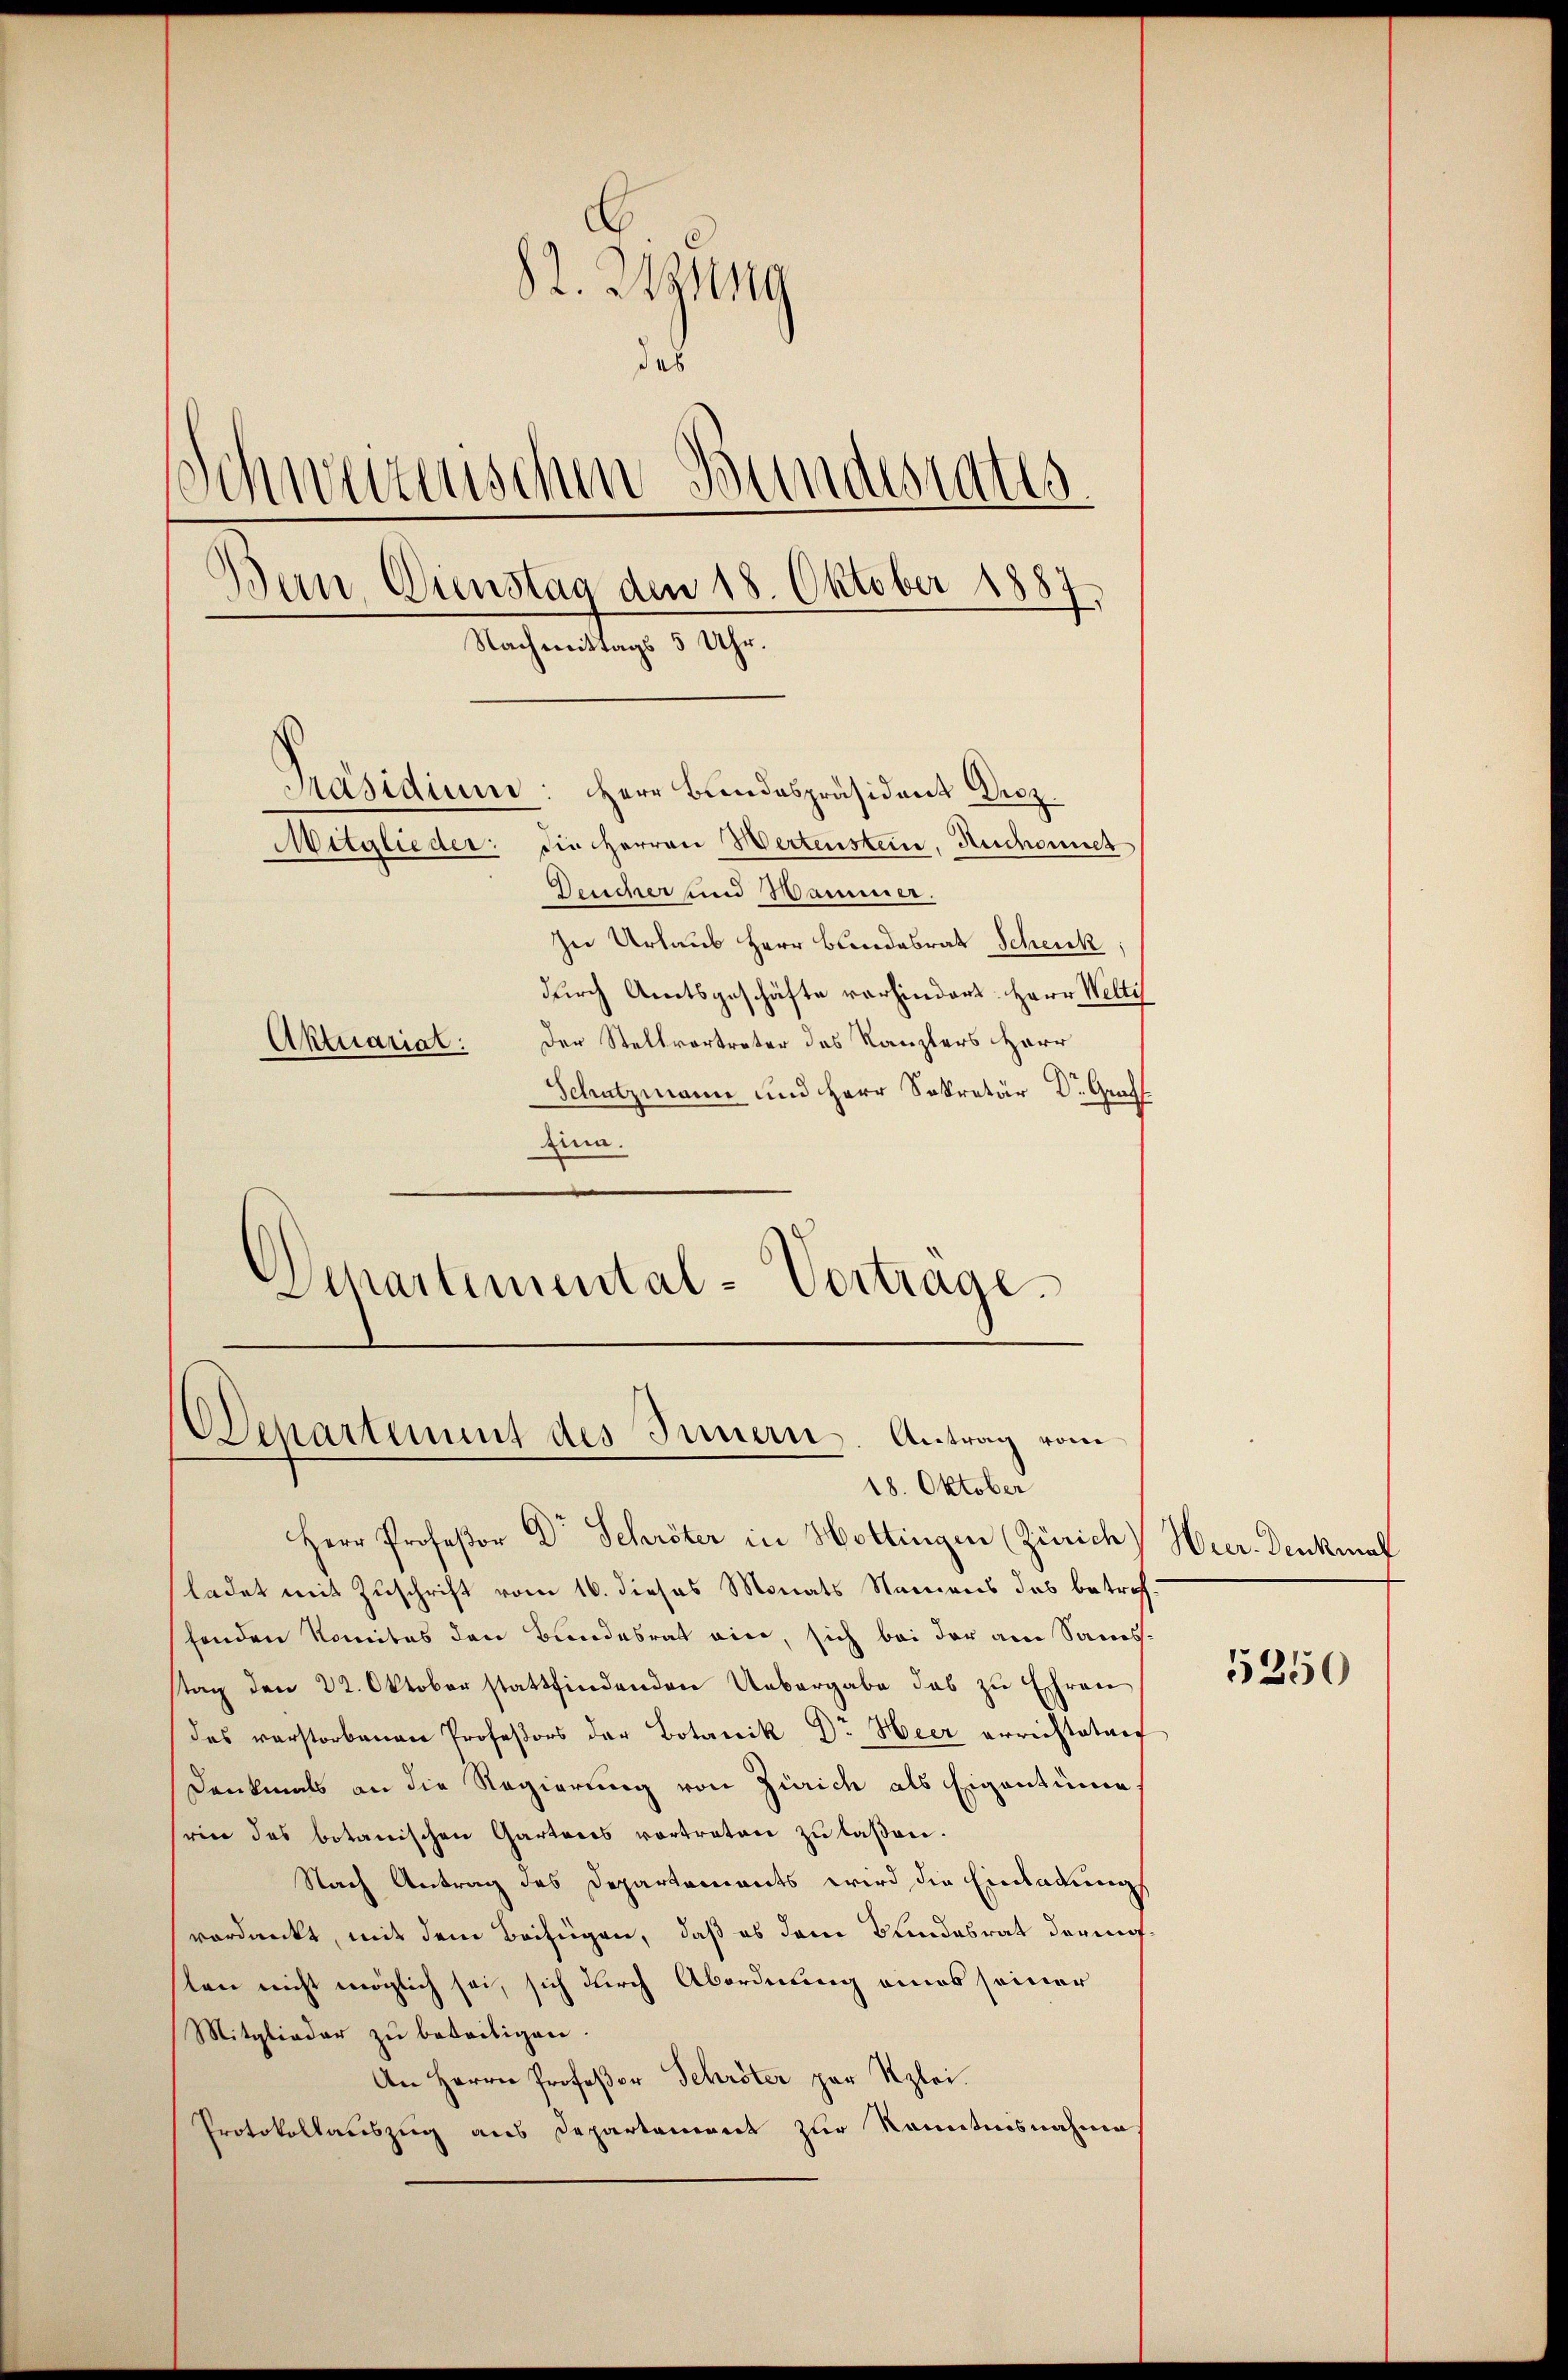
Zina.
Departemental-Vortrage.

82. Jung
des
Schweizenschen Bundesrates.
Dan Dienstag den 18. Oktober 1887.
Nachmittags 3 Uhr.
Präsidium: Herr Bundespräsident Droz.
Mitglieder: die Herren Wertenstein, Ruchonet
Deuscher und Wammer.
In Urlaub Herr Bundesrat Schenk,
durch Amtsgeschäfte vorhindert. Herr Welti
Aktuariat: Der Stellvortreter des Kanzlers Herr
Schatzmann und Herr Sekretär Dr. Graff

Departement des Innern. Antrag vom
18. Oktober

Herr Profeßor Dr Schröter in Hottingen (Zürich) Hier-Denkmal
ladet mit Zuschrift vom 16. dieses Monats Namens das betreff
fenden Komites den Bundesrat eine, sich bei der am Sonnes-
tag den 22. Oktober stattfindenden Uebergabe das zu Ehren
des verstorbenen Professors der Botanik Dr. Heer errichteten
Dankmals an die Regierung von Zürich als Eigentüme
seine des botanischen Gartens vortreten zŭ laβen.
Nach Antrag des Departements wird die Einladungs
verdankt, mit dem Beifügen, daß es dem Bundesrat dermaslen nicht möglich sei, sich durch Abordnung eines seiner
Mitglieder zu beseitigen.
An Herrn Profeßor Schröter par Rzlei.
Protokollauszug aus Departeniret zur Kenntnisnahme

5250